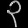
Digit: ၃